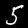
Digit: 5